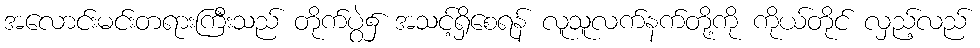
အလောင်းမင်းတရားကြီးသည် တိုက်ပွဲ၌ အသင့်ရှိစေရန် လူသူလက်နက်တို့ကို ကိုယ်တိုင် လှည့်လည်